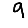
Digit: 9